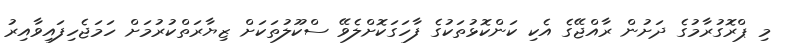
މި ޕްރޮގުރާމުގެ ދަށުން ރާއްޖޭގެ އެކި ކަންކޮޅުތަކުގެ ފާހަގަކޮށްލެވޭ ސްކޫލުތަކަށް ޒިޔާރަތްކުރުމަށް ހަމަޖެހިފައިވާއިރު